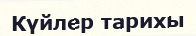
Күйлер тарихы